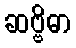
ဆဗ္ဗိဓာ